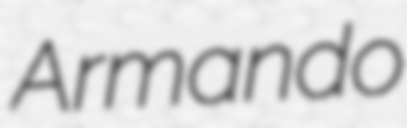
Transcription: Armando